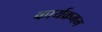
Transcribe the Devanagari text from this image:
कार्यक्रमम